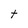
Character: t